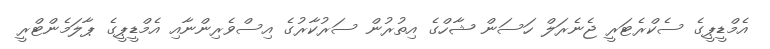
އެމްޑީޕީގެ ސެކްރެޓަރީ ޖެނެރަލް ހަސަން ޝާހްގެ އިތުރުން ސަރުކާރުގެ އިސްވެރިންނާއި އެމްޑީޕީގެ ޕާލަމެންޓްރީ